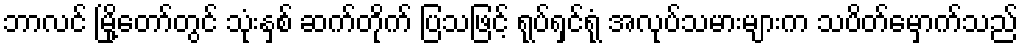
ဘာလင် မြို့တော်တွင် သုံးနှစ် ဆက်တိုက် ပြသဖြင့် ရုပ်ရှင်ရုံ အလုပ်သမားများက သပိတ်မှောက်သည်